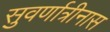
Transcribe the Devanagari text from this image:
सुवर्णात्रीनास